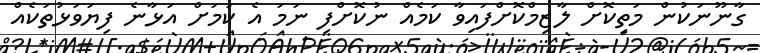
ގާނޫނަކުން މަތިކޮށް ލާޒިމްކޮށްފައިވާ ކަމެއް ނުކޮށްފި ނަމަ އެ ކަމަށް އަޅާނެ ފިޔަވަޅުތަކެއް